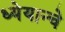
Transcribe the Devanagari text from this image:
ध्येयान्चे